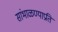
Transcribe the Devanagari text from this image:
सांभाळण्याप्रति